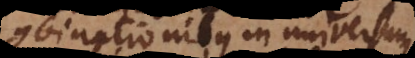
combinationibus in universum